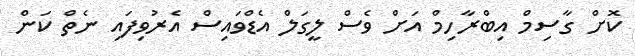
ކޮށް ގާސިމް އިބްރާހިމް އަށް ވެސް ލީގަލް އެޑްވައިސް އެރުވިފައި ނެތް ކަން